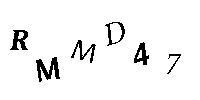
RMMD47